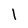
Character: l